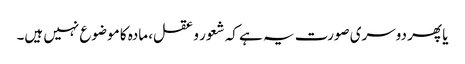
یا پھر دوسری صورت یہ ہے کہ شعور و عقل، مادہ کا موضوع نہیں ہیں۔